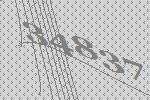
34837